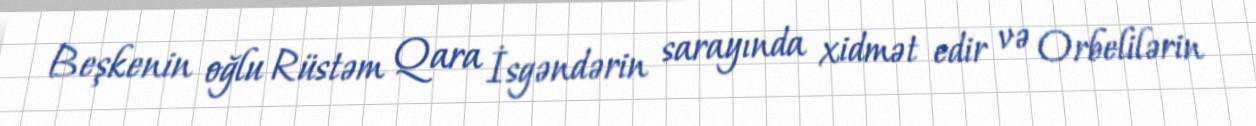
Beşkenin oğlu Rüstəm Qara İsgəndərin sarayında xidmət edir və Orbelilərin